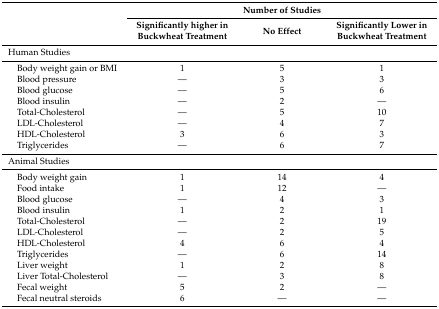
| <ROWSPAN=2>  | <COLSPAN=3> Number of Studies |
 | Significantly higher in Buckwheat Treatment | No Effect | Significantly Lower in Buckwheat Treatment |
 | --- | --- | --- | --- |
 | Human Studies |  |  |  |
 | Body weight gain or BMI | 1 | 5 | 1 |
 | Blood pressure | — | 3 | 3 |
 | Blood glucose | — | 5 | 6 |
 | Blood insulin | — | 2 | — |
 | Total-Cholesterol | — | 5 | 10 |
 | LDL-Cholesterol | — | 4 | 7 |
 | HDL-Cholesterol | 3 | 6 | 3 |
 | Triglycerides | — | 6 | 7 |
 | Animal Studies |  |  |  |
 | Body weight gain | 1 | 14 | 4 |
 | Food intake | 1 | 12 | — |
 | Blood glucose | — | 4 | 3 |
 | Blood insulin | 1 | 2 | 1 |
 | Total-Cholesterol | — | 2 | 19 |
 | LDL-Cholesterol | — | 2 | 5 |
 | HDL-Cholesterol | 4 | 6 | 4 |
 | Triglycerides | — | 6 | 14 |
 | Liver weight | 1 | 2 | 8 |
 | Liver Total-Cholesterol | — | 3 | 8 |
 | Fecal weight | 5 | 2 | — |
 | Fecal neutral steroids | 6 | — | — |